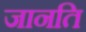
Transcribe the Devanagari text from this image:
जानति